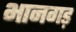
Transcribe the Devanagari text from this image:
भानगड़